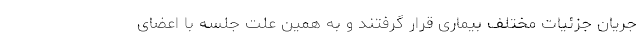
جریان‌ جزئیات مختلف بیماری قرار گرفتند و به همین علت جلسه با اعضای